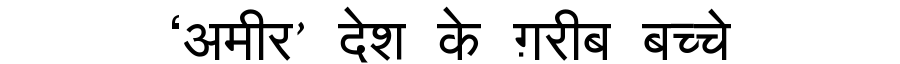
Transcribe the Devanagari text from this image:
‘अमीर’ देश के ग़रीब बच्चे